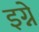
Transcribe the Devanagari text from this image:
इग्ने